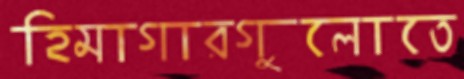
হিমাগারগুলোতে